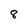
Character: 8